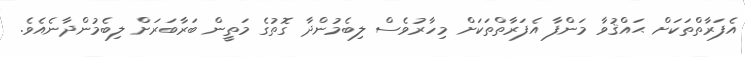
އެފަރާތްތަކަށް ޙައްޤުވާ މަންފާ އެފަރާތްތަކަށް މިހާރުވެސް ލިބެމުންދާ ގޮތުގެ މަތީން ބަރާބަރަށް ލިބެމުންދާނެއެވެ.